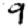
Digit: 9